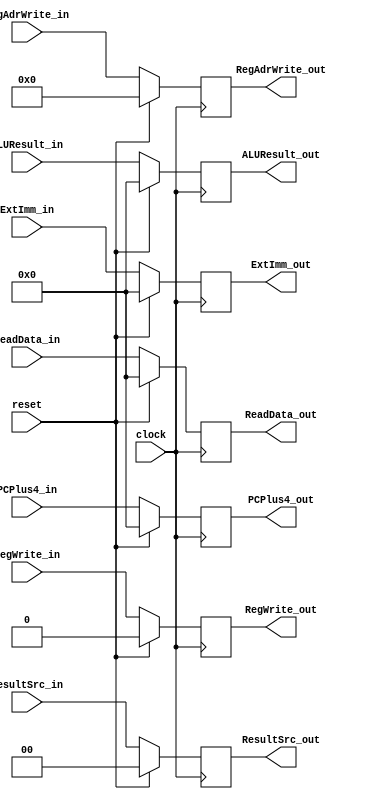
module WritebackReg (
    input clock, reset,

    input RegWrite_in,
    input [1:0] ResultSrc_in, 
    input [4:0] RegAdrWrite_in,
    input [31:0] ALUResult_in, ReadData_in, PCPlus4_in, ExtImm_in,

    output reg RegWrite_out,
    output reg [1:0] ResultSrc_out, 
    output reg [4:0] RegAdrWrite_out,
    output reg [31:0] ALUResult_out, ReadData_out, PCPlus4_out, ExtImm_out
);
    always @(posedge clock) begin
        if(reset) begin
            RegWrite_out = 1'b0;
            ResultSrc_out = 2'b0;
            RegAdrWrite_out = 5'b0;
            ALUResult_out = 32'b0;
            ReadData_out = 32'b0;
            PCPlus4_out = 32'b0;
            ExtImm_out = 32'b0;
        end
        else begin
            RegWrite_out = RegWrite_in;
            ResultSrc_out = ResultSrc_in;
            RegAdrWrite_out = RegAdrWrite_in;
            ALUResult_out = ALUResult_in;
            ReadData_out = ReadData_in;
            PCPlus4_out = PCPlus4_in;
            ExtImm_out = ExtImm_in;
        end
    end
endmodule